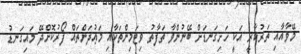
މޭވާއާއި ތަރުކާރީ އަކީ ހަށިގަނޑަށް ބޭނުންވާ ތަފާތު ވިޓަމިންތަކާއި މަޢުދަންތައް ފޯރުކޮށްދޭ މައިގަނޑު